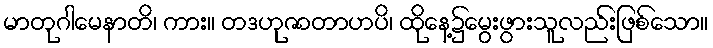
မာတုဂါမေနာတိ၊ ကား။ တဒဟုဇာတာဟပိ၊ ထိုနေ့၌မွေးဖွားသူလည်းဖြစ်သော။